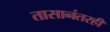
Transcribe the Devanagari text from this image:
तासानंतरही